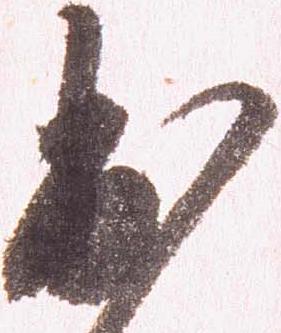
出